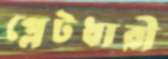
প্লেটধারী